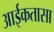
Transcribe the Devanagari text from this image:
आईकतासा